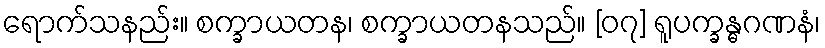
ရောက်သနည်း။ စက္ခာယတန၊ စက္ခာယတနသည်။ [၀၇] ရူပက္ခန္ဓဂဏနံ၊